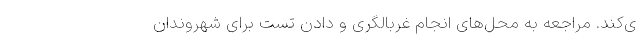
ی‌کند. مراجعه به محل‌های انجام غربالگری و دادن تست برای شهروندان